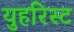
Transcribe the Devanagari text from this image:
युहरिस्ट